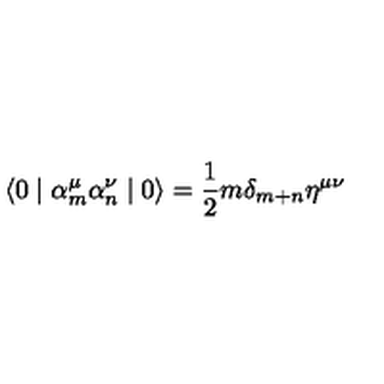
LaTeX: \langle 0 \mid { \alpha } _ { m } ^ { \mu } { \alpha } _ { n } ^ { \nu } \mid 0 \rangle = \frac { 1 } { 2 } m { \delta } _ { m + n } { \eta } ^ { \mu \nu }